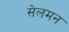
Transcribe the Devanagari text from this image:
सेलमन